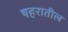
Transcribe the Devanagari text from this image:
षहरातील